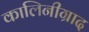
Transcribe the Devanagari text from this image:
कालिनीग्राद